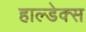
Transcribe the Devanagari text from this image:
हाल्डेक्स